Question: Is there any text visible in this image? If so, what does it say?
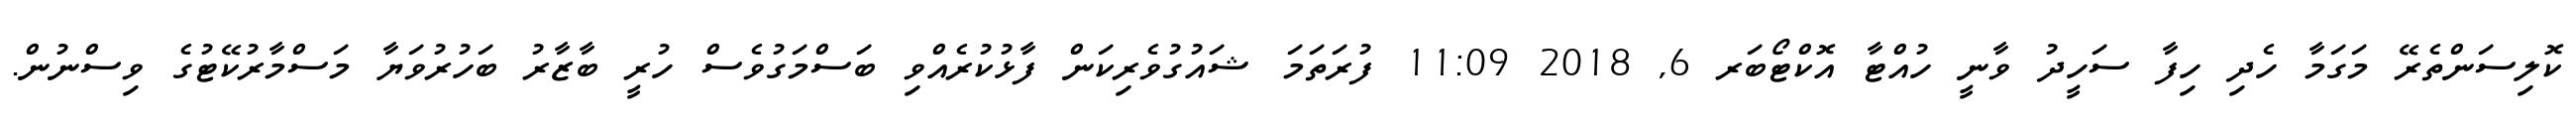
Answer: ކޮލިސަންތެރޭ މަގަމާ ހެދި ހިފާ ސަހީދު ވާނީ ހުއްޓާ އޮކްޓޯބަރ 6, 2018 11:09 ފުރަތަމަ ޝައުގުވެރިކަން ފާޅުކުރެއްވި ބަސްމަގުވެސް ހުރީ ބާޒާރު ބަހުރުވަޔާ މަސްމާރުކޭޓުގެ ވިސްނުން.